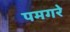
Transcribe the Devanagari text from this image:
पमगरे